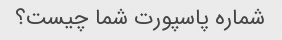
شماره پاسپورت شما چیست؟